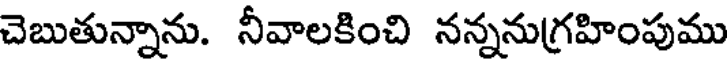
చెబుతున్నాను. నీవాలకించి నన్ననుగ్రహింపుము